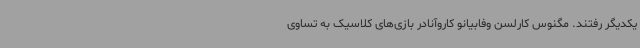
یکدیگر رفتند. مگنوس کارلسن وفابیانو کاروآنادر بازی‌های کلاسیک به تساوی